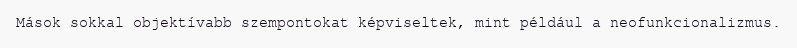
Mások sokkal objektívabb szempontokat képviseltek, mint például a neofunkcionalizmus.